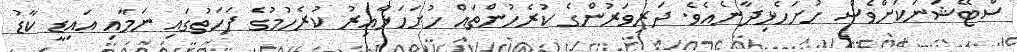
ސްޓޭޝަނަކަށްވެސް ހުށަހެޅިދާނެއެވެ. ދަރިވަރުންގެ ކުރެހުންތައް ހުށަހަޅާއިރު ކުރެހުމުގެ ފަހަތުގައި ނަމާއި އައިޑީ ކާޑު